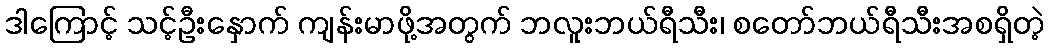
ဒါကြောင့် သင့်ဦးနှောက် ကျန်းမာဖို့အတွက် ဘလူူးဘယ်ရီသီး၊ စတော်ဘယ်ရီသီးအစရှိတဲ့